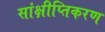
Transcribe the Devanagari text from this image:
सांक्षीप्तिकरण